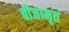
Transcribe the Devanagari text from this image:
बीजामृत